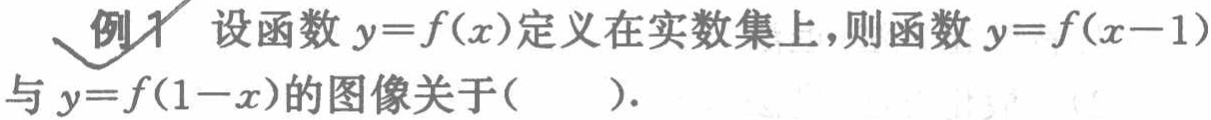
例1 设函数$y = f(x)$定义在实数集上，则函数$y = f(x - 1)$与$y = f(1 - x)$的图像关于( ).